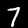
Digit: 7